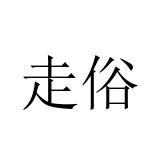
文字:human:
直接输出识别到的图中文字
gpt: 走俗